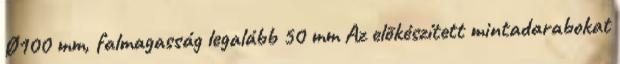
Ø100 mm, falmagasság legalább 50 mm Az elõkészített mintadarabokat